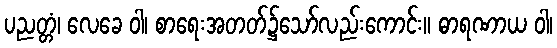
ပညတ္တံ၊ လေခေ ဝါ၊ စာရေးအတတ်၌သော်လည်းကောင်း။ ဓာရဏာယ ဝါ၊